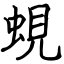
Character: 蜆